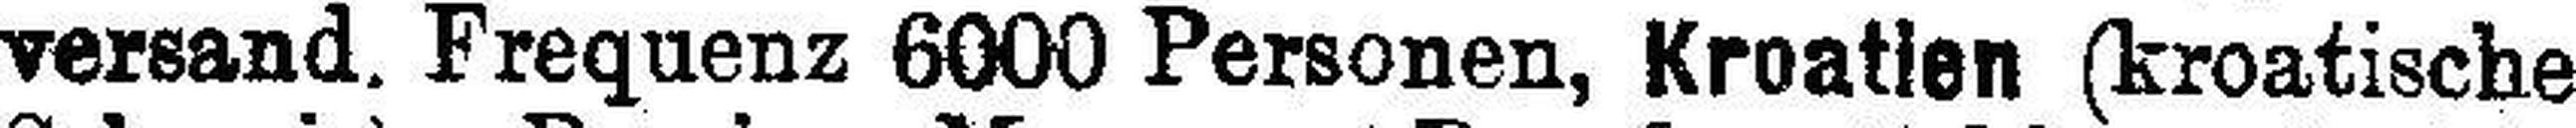
versand. Frequenz 6000 Personen, Kroatien (kroatische